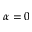
\alpha = 0